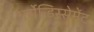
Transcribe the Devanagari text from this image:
अर्रोन्डिस्सेमेंट